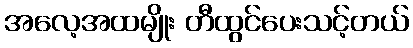
အလေ့အထမျိုး တီထွင်ပေးသင့်တယ်